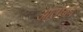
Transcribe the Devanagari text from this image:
आंतोंको